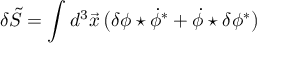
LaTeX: \delta \tilde { S } = \int d ^ { 3 } \vec { x } \, \bigl ( \delta \phi \star \dot { \phi } ^ { \ast } + \dot { \phi } \star \delta \phi ^ { \ast } \bigr )